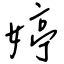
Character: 婷